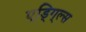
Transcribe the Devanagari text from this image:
ए्ड्गि्ल्स